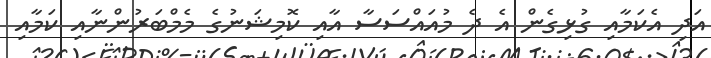
އަދި އެކަމާއި ގުޅިގެން އެ ދެ މުއައްސަސާ އާއި ކޮމިޝަނުގެ މެމްބަރުންނާއި ކަމާއި